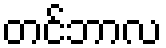
တင်ဘာလ